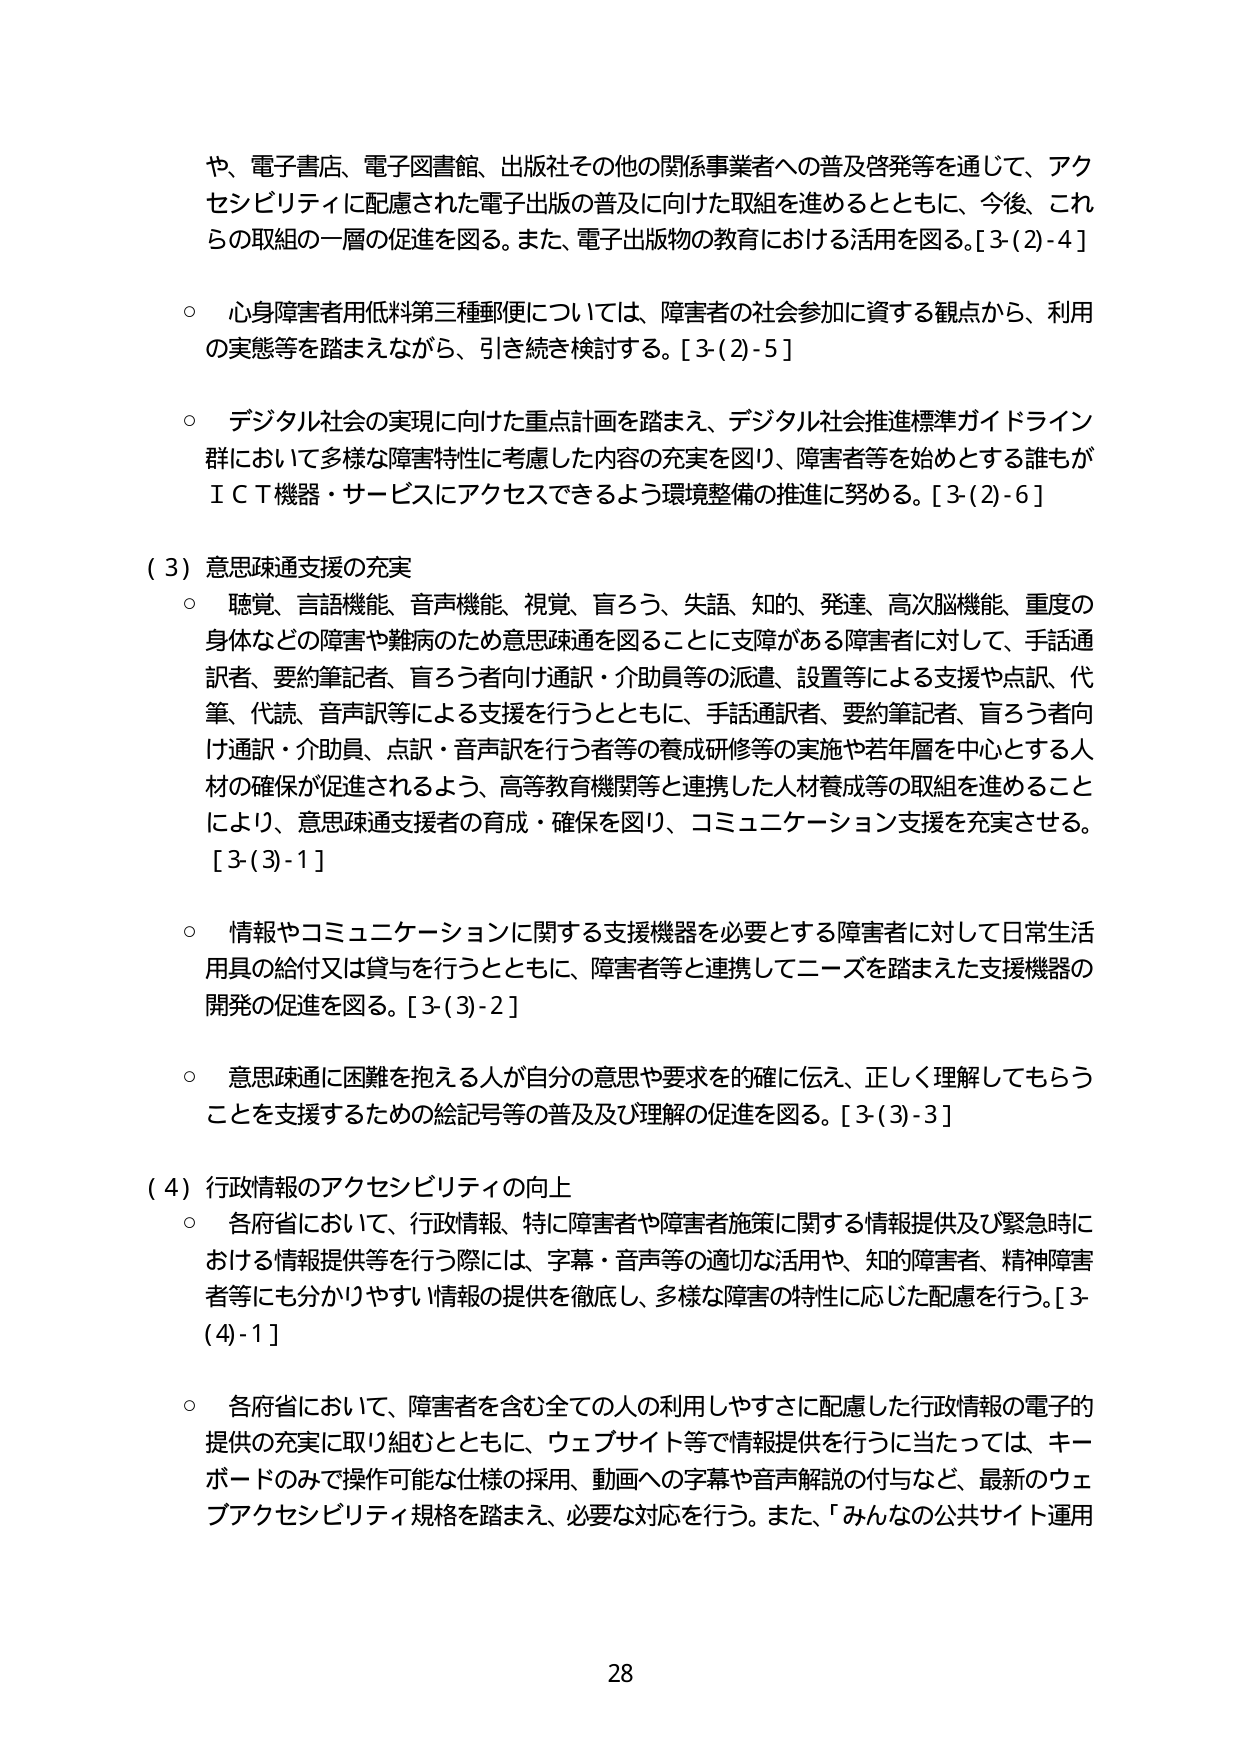
や、電子書店、電子図書館、出版社その他の関係事業者への普及啓発等を通じて、アクセシビリティに配慮された電子出版の普及に向けた取組を進めるとともに、今後、これらの取組の一層の促進を図る。また、電子出版物の教育における活用を図る。[3-(2)-4]

○ 心身障害者用低料第三種郵便については、障害者の社会参加に資する観点から、利用の実態等を踏まえながら、引き続き検討する。[3-(2)-5]

○ デジタル社会の実現に向けた重点計画を踏まえ、デジタル社会推進標準ガイドライン群において多様な障害特性に考慮した内容の充実を図り、障害者等を始めとする誰もがＩＣＴ機器・サービスにアクセスできるよう環境整備の推進に努める。[3-(2)-6]

（3）意思疎通支援の充実
○ 聴覚、言語機能、音声機能、視覚、盲ろう、失語、知的、発達、高次脳機能、重度の身体などの障害や難病のため意思疎通を図ることに支障がある障害者に対して、手話通訳者、要約筆記者、盲ろう者向け通訳・介助員等の派遣、設置等による支援や点訳、代筆、代読、音声訳等による支援を行うとともに、手話通訳者、要約筆記者、盲ろう者向け通訳・介助員、点訳・音声訳を行う者等の養成研修等の実施や若年層を中心とする人材の確保が促進されるよう、高等教育機関等と連携した人材養成等の取組を進めることにより、意思疎通支援者の育成・確保を図り、コミュニケーション支援を充実させる。[3-(3)-1]

○ 情報やコミュニケーションに関する支援機器を必要とする障害者に対して日常生活用具の給付又は貸与を行うとともに、障害者等と連携してニーズを踏まえた支援機器の開発の促進を図る。[3-(3)-2]

○ 意思疎通に困難を抱える人が自分の意思や要求を的確に伝え、正しく理解してもらうことを支援するための絵記号等の普及及び理解の促進を図る。[3-(3)-3]

（4）行政情報のアクセシビリティの向上
○ 各府省において、行政情報、特に障害者や障害者施策に関する情報提供及び緊急時における情報提供等を行う際には、字幕・音声等の適切な活用や、知的障害者、精神障害者等にも分かりやすい情報の提供を徹底し、多様な障害の特性に応じた配慮を行う。[3-(4)-1]

○ 各府省において、障害者を含む全ての人の利用しやすさに配慮した行政情報の電子的提供の充実に取り組むとともに、ウェブサイト等で情報提供を行うに当たっては、キーボードのみで操作可能な仕様の採用、動画への字幕や音声解説の付与など、最新のウェブアクセシビリティ規格を踏まえ、必要な対応を行う。また、「みんなの公共サイト運用

28